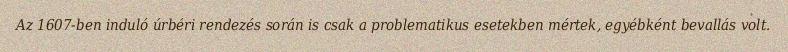
Az 1607-ben induló úrbéri rendezés során is csak a problematikus esetekben mértek, egyébként bevallás volt.